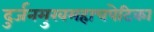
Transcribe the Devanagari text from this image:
दुर्जनमुखमहाचपेटिका